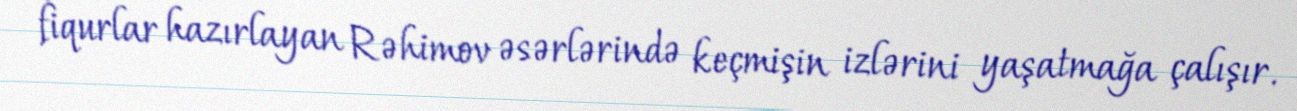
fiqurlar hazırlayan Rəhimov əsərlərində keçmişin izlərini yaşatmağa çalışır.